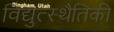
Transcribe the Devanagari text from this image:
विद्युत्स्थैतिकी